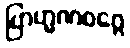
ဗြာဟ္မဏဝဂ္ဂေ